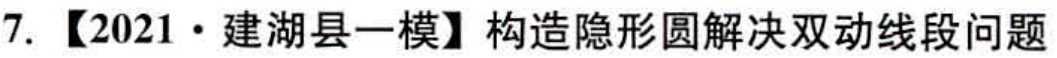
7. 【2021·建湖县一模】构造隐形圆解决双动线段问题